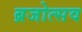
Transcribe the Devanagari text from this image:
ब्रजोत्सव